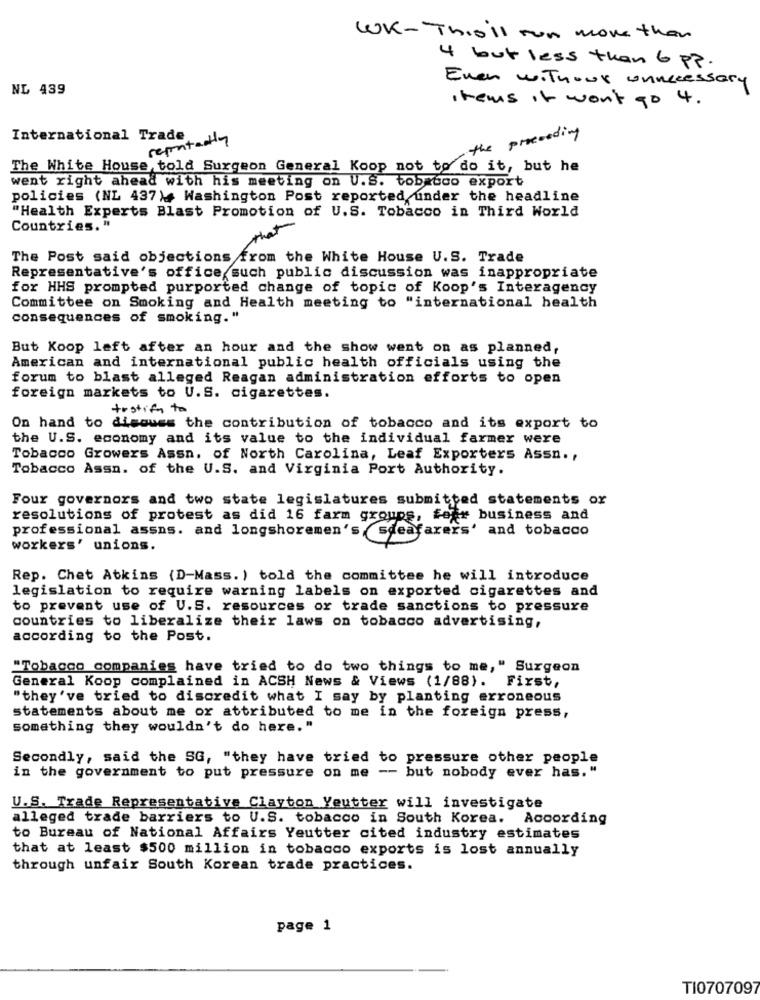
WK- This'll run more than
4 but less than 6 pp.
Even withour unnecessary
NL 439
items it won't go 4.
International Trade
repeatedly
the preceding
The White House told Surgeon General Koop not to do it, but he
went right ahead with his meeting on U.S. tobacco export
policies (NL 437), Washington Post reported under the headline
"Health Experts Blast Promotion of U.S. Tobacco in Third World
Countries, "
The Post said objections from the White House U.S. Trade
Representative's office such public discussion was inappropriate
for HHS prompted purported change of topic of Koop's Interagency
Committee on Smoking and Health meeting to "international health
consequences of smoking."
But Koop left after an hour and the show went on as planned,
American and international public health officials using the
forum to blast alleged Reagan administration efforts to open
foreign markets to U.S. cigarettes.
testify to
On hand to discuss the contribution of tobacco and its export to
the U.S. economy and its value to the individual farmer were
Tobacco Growers Assn. of North Carolina, Leaf Exporters Assn .,
Tobacco Assn. of the U.S. and Virginia Port Authority.
Four governors and two state legislatures submitted statements or
resolutions of protest as did 16 farm groups, fear business and
professional assns. and longshoremen's ,sdeafarers' and tobacco
workers' unions.
Rep. Chet Atkins (D-Mass. ) told the committee he will introduce
legislation to require warning labels on exported cigarettes and
to prevent use of U.S. resources or trade sanctions to pressure
countries to liberalize their laws on tobacco advertising,
according to the Post.
"Tobacco companies have tried to do two things to me," Surgeon
General Koop complained in ACSH News & Views (1/88). First,
"they've tried to discredit what I say by planting erroneous
statements about me or attributed to me in the foreign press,
something they wouldn't do here."
Secondly, said the SG, "they have tried to pressure other people
in the government to put pressure on me -- but nobody ever has."
U.S. Trade Representative Clayton Yeutter will investigate
alleged trade barriers to U.S. tobacco in South Korea. According
to Bureau of National Affairs Yeutter cited industry estimates
that at least $500 million in tobacco exports is lost annually
through unfair South Korean trade practices.
page 1
TI070709